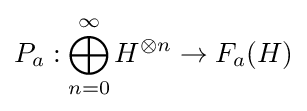
P_{a}:\bigoplus _{n=0}^{\infty }H^{\otimes n}\to F_{a}(H)